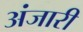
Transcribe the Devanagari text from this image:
अंजारी